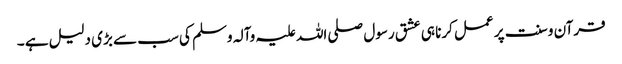
قرآن و سنت پر عمل کرنا ہی عشق رسول صلی اللہ علیہ وآلہ وسلم کی سب سے بڑی دلیل ہے ۔